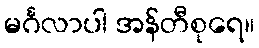
မင်္ဂလာပါ အန်တီစုရေ။